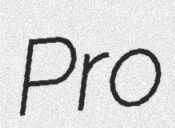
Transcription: Pro